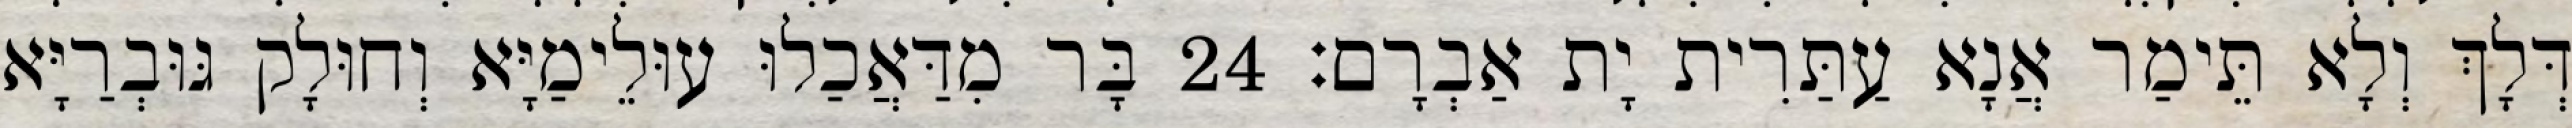
דְּלָךְ וְלָא תֵּימַר אֲנָא עַתַּרִית יָת אַבְרָם׃ 24 בָּר מִדַּאֲכַלוּ עוּלֵימַיָּא וְחוּלָק גּוּבְרַיָּא